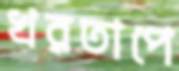
খরতাপে